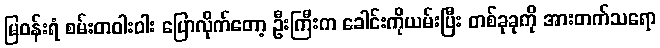
မြဝန်းရံ စမ်းတဝါးဝါး ပြောလိုက်တော့ ဦးကြီးက ခေါင်းကိုယမ်းပြီး တစ်ခုခုကို အားတက်သရော